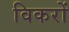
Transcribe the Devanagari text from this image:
विकरों